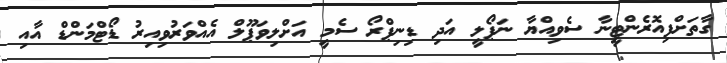
ގާތަށްފިއޮރެންޓީނާ ސެވިއްޔާ ނަޕޯލީ އަދި ޑިނިޕްރޯ ސެމީ އަށްލިވަޕޫލް އެއްވަރުވިއިރު ޑޯޓްމަންޑް އާއި